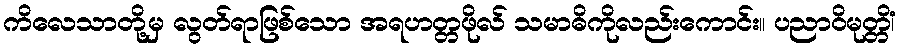
ကိလေသာတို့မှ လွတ်ရာဖြစ်သော အရဟတ္တဖိုလ် သမာဓိကိုလည်းကောင်း။ ပညာဝိမုတ္တိံ၊